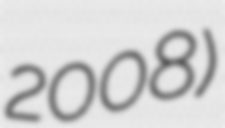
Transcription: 2008)